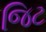
જિટ